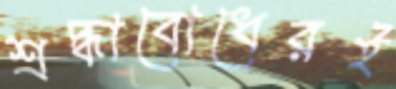
শ্রদ্ধাবোধেরই